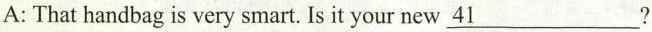
A:That handbag is very smart. Is it your new\underline{41}?